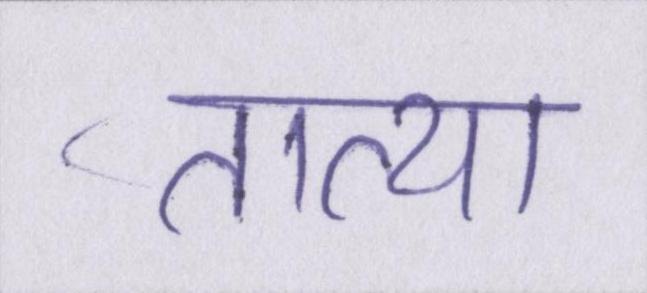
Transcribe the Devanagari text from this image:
तात्या